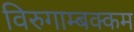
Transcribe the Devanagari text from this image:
विरुगाम्बक्कम